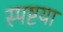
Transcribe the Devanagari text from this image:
स्पष्टया